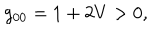
g _ { 0 0 } = 1 + 2 V > 0 ,